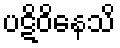
ပဋိဝိနေသိ